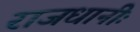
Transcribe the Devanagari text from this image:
राजधानीः